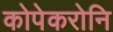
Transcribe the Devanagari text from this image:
कोपेकरोनि